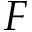
F